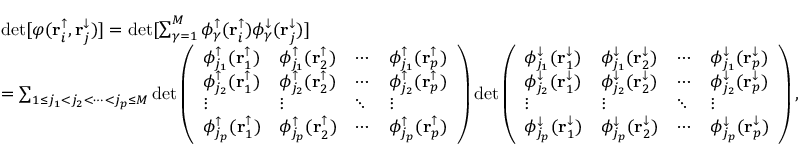
\begin{array} { r l } & { \operatorname* { d e t } [ \varphi ( \mathbf { r } _ { i } ^ { \uparrow } , \mathbf { r } _ { j } ^ { \downarrow } ) ] = \operatorname* { d e t } [ \sum _ { \gamma = 1 } ^ { M } \phi _ { \gamma } ^ { \uparrow } ( \mathbf { r } _ { i } ^ { \uparrow } ) \phi _ { \gamma } ^ { \downarrow } ( \mathbf { r } _ { j } ^ { \downarrow } ) ] } \\ & { = \sum _ { 1 \le j _ { 1 } < j _ { 2 } < \cdots < j _ { p } \le M } \operatorname* { d e t } \left( \begin{array} { l l l l } { \phi _ { j _ { 1 } } ^ { \uparrow } ( \mathbf { r } _ { 1 } ^ { \uparrow } ) } & { \phi _ { j _ { 1 } } ^ { \uparrow } ( \mathbf { r } _ { 2 } ^ { \uparrow } ) } & { \cdots } & { \phi _ { j _ { 1 } } ^ { \uparrow } ( \mathbf { r } _ { p } ^ { \uparrow } ) } \\ { \phi _ { j _ { 2 } } ^ { \uparrow } ( \mathbf { r } _ { 1 } ^ { \uparrow } ) } & { \phi _ { j _ { 2 } } ^ { \uparrow } ( \mathbf { r } _ { 2 } ^ { \uparrow } ) } & { \cdots } & { \phi _ { j _ { 2 } } ^ { \uparrow } ( \mathbf { r } _ { p } ^ { \uparrow } ) } \\ { \vdots } & { \vdots } & { \ddots } & { \vdots } \\ { \phi _ { j _ { p } } ^ { \uparrow } ( \mathbf { r } _ { 1 } ^ { \uparrow } ) } & { \phi _ { j _ { p } } ^ { \uparrow } ( \mathbf { r } _ { 2 } ^ { \uparrow } ) } & { \cdots } & { \phi _ { j _ { p } } ^ { \uparrow } ( \mathbf { r } _ { p } ^ { \uparrow } ) } \end{array} \right) \operatorname* { d e t } \left( \begin{array} { l l l l } { \phi _ { j _ { 1 } } ^ { \downarrow } ( \mathbf { r } _ { 1 } ^ { \downarrow } ) } & { \phi _ { j _ { 1 } } ^ { \downarrow } ( \mathbf { r } _ { 2 } ^ { \downarrow } ) } & { \cdots } & { \phi _ { j _ { 1 } } ^ { \downarrow } ( \mathbf { r } _ { p } ^ { \downarrow } ) } \\ { \phi _ { j _ { 2 } } ^ { \downarrow } ( \mathbf { r } _ { 1 } ^ { \downarrow } ) } & { \phi _ { j _ { 2 } } ^ { \downarrow } ( \mathbf { r } _ { 2 } ^ { \downarrow } ) } & { \cdots } & { \phi _ { j _ { 2 } } ^ { \downarrow } ( \mathbf { r } _ { p } ^ { \downarrow } ) } \\ { \vdots } & { \vdots } & { \ddots } & { \vdots } \\ { \phi _ { j _ { p } } ^ { \downarrow } ( \mathbf { r } _ { 1 } ^ { \downarrow } ) } & { \phi _ { j _ { p } } ^ { \downarrow } ( \mathbf { r } _ { 2 } ^ { \downarrow } ) } & { \cdots } & { \phi _ { j _ { p } } ^ { \downarrow } ( \mathbf { r } _ { p } ^ { \downarrow } ) } \end{array} \right) , } \end{array}